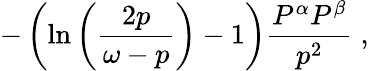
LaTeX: -\left(\ln\left(\frac{2p}{\omega-p}\right)-1\right)\frac{P^{\alpha}P^{\beta}}{p^{2}}\; ,